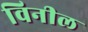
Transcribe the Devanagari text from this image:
विनील